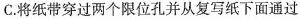
C.将纸带穿过两个限位孔并从复写纸下面通过